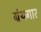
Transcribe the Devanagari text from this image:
ग्रंथगार